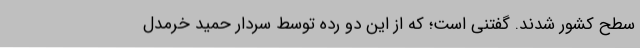
سطح کشور شدند. گفتنی است؛ که از این دو رده توسط سردار حمید خرمدل